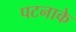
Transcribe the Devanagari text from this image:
पटनाके